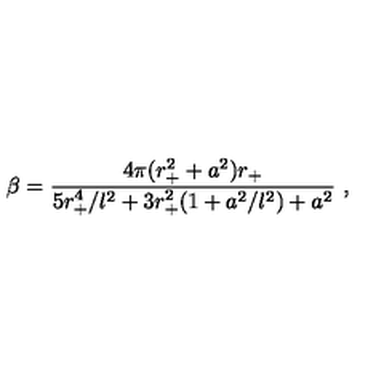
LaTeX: \beta = { \frac { 4 \pi ( r _ { + } ^ { 2 } + a ^ { 2 } ) r _ { + } } { 5 r _ { + } ^ { 4 } / l ^ { 2 } + 3 r _ { + } ^ { 2 } ( 1 + a ^ { 2 } / l ^ { 2 } ) + a ^ { 2 } } } \ ,